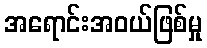
အရောင်းအဝယ်ဖြစ်မှု